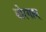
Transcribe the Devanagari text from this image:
बोरगाव्